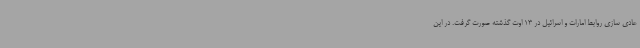
عادی سازی روابط امارات و اسرائیل در 13 اوت گذشته صورت گرفت. در این